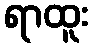
ရာထူး